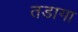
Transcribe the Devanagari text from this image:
तडागा